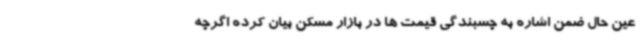
عین حال ضمن اشاره به چسبندگی قیمت ها در بازار مسکن بیان کرده اگرچه